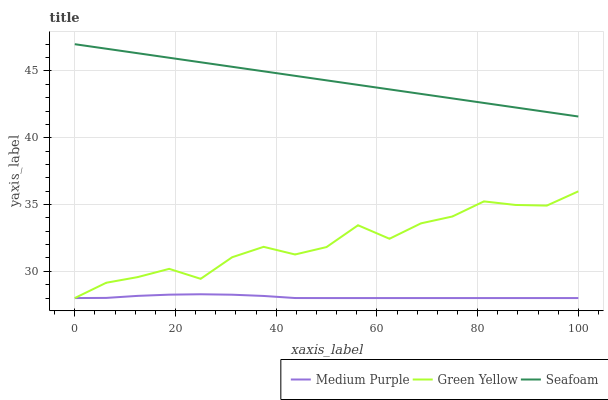
| xaxis_label | Medium Purple | Green Yellow | Seafoam |
 | --- | --- | --- | --- |
 | 0 | 28 | 28 | 47 |
 | 6.25 | 28 | 29.1 | 46.7 |
 | 12.5 | 28.2 | 29.6 | 46.3 |
 | 18.8 | 28.3 | 30.2 | 46 |
 | 25 | 28.3 | 29.4 | 45.6 |
 | 31.2 | 28.3 | 31.1 | 45.3 |
 | 37.5 | 28.2 | 31.8 | 45 |
 | 43.8 | 28 | 31.3 | 44.6 |
 | 50 | 28 | 31.8 | 44.3 |
 | 56.2 | 28 | 33.4 | 44 |
 | 62.5 | 28 | 32.4 | 43.6 |
 | 68.8 | 28 | 33.6 | 43.3 |
 | 75 | 28 | 34.1 | 42.9 |
 | 81.2 | 28 | 35.2 | 42.6 |
 | 87.5 | 28 | 35 | 42.3 |
 | 93.8 | 28 | 34.9 | 41.9 |
 | 100 | 28 | 36 | 41.6 |